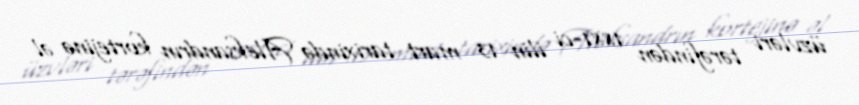
üzvləri tərəfindən 1881-ci ilin 13 mart tarixində Aleksandrın kortejinə əl